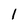
Character: 1